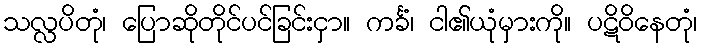
သလ္လပိတုံ၊ ပြောဆိုတိုင်ပင်ခြင်းငှာ။ ကင်္ခံ၊ ငါ၏ယုံမှားကို။ ပဋိဝိနေတုံ၊